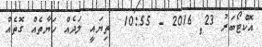
އޮކްޓޯބަރު 23